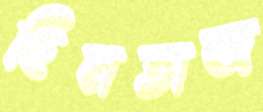
ছিনতাজ